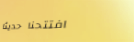
افتتحنا حديثاً